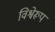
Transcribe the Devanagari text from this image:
विश्वेरूप